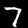
Digit: 7